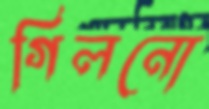
গিলনো